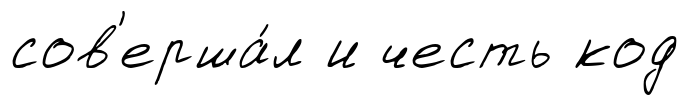
сов'ерша́л и честь код